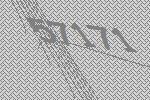
57171